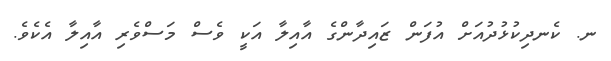
ނ. ކެނދިކުޅުދުއަށް އުފަން ޒައިދާންގެ އާއިލާ އަކީ ވެސް މަސްވެރި އާއިލާ އެކެވެ.